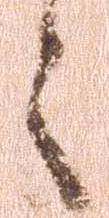
々